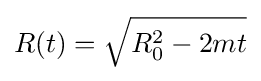
R(t)={\sqrt {R_{0}^{2}-2mt}}